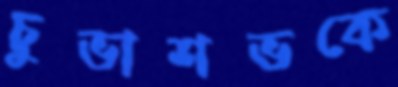
চুভাশভকে